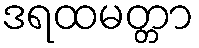
ဒရထမတ္တာ